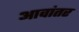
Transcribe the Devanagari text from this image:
आवांतर